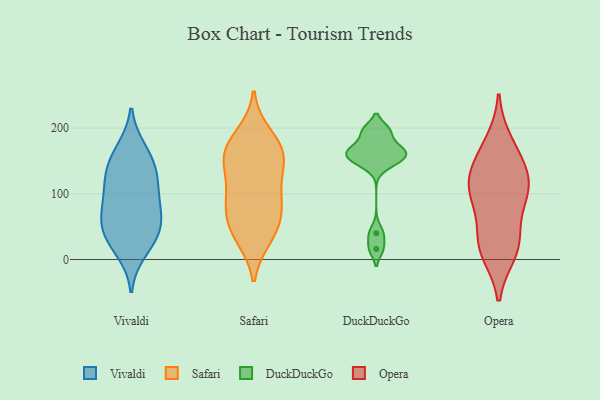
{"axis": {"x": "Conversion Rate (%)", "y": "Value"}, "legend": ["DuckDuckGo", "Opera", "Safari", "Vivaldi"], "data": [{"x": "", "y": 161, "type": "Vivaldi"}, {"x": "", "y": 108, "type": "Vivaldi"}, {"x": "", "y": 85, "type": "Vivaldi"}, {"x": "", "y": 38, "type": "Vivaldi"}, {"x": "", "y": 29, "type": "Vivaldi"}, {"x": "", "y": 55, "type": "Vivaldi"}, {"x": "", "y": 167, "type": "Vivaldi"}, {"x": "", "y": 134, "type": "Vivaldi"}, {"x": "", "y": 135, "type": "Vivaldi"}, {"x": "", "y": 45, "type": "Vivaldi"}, {"x": "", "y": 80, "type": "Vivaldi"}, {"x": "", "y": 122, "type": "Vivaldi"}, {"x": "", "y": 68, "type": "Vivaldi"}, {"x": "", "y": 13, "type": "Vivaldi"}, {"x": "", "y": 121, "type": "Safari"}, {"x": "", "y": 158, "type": "Safari"}, {"x": "", "y": 168, "type": "Safari"}, {"x": "", "y": 34, "type": "Safari"}, {"x": "", "y": 40, "type": "Safari"}, {"x": "", "y": 172, "type": "Safari"}, {"x": "", "y": 76, "type": "Safari"}, {"x": "", "y": 152, "type": "Safari"}, {"x": "", "y": 189, "type": "Safari"}, {"x": "", "y": 89, "type": "Safari"}, {"x": "", "y": 46, "type": "Safari"}, {"x": "", "y": 74, "type": "Safari"}, {"x": "", "y": 100, "type": "Safari"}, {"x": "", "y": 149, "type": "Safari"}, {"x": "", "y": 169, "type": "DuckDuckGo"}, {"x": "", "y": 145, "type": "DuckDuckGo"}, {"x": "", "y": 151, "type": "DuckDuckGo"}, {"x": "", "y": 158, "type": "DuckDuckGo"}, {"x": "", "y": 162, "type": "DuckDuckGo"}, {"x": "", "y": 16, "type": "DuckDuckGo"}, {"x": "", "y": 40, "type": "DuckDuckGo"}, {"x": "", "y": 196, "type": "DuckDuckGo"}, {"x": "", "y": 171, "type": "DuckDuckGo"}, {"x": "", "y": 196, "type": "DuckDuckGo"}, {"x": "", "y": 121, "type": "Opera"}, {"x": "", "y": 11, "type": "Opera"}, {"x": "", "y": 158, "type": "Opera"}, {"x": "", "y": 143, "type": "Opera"}, {"x": "", "y": 17, "type": "Opera"}, {"x": "", "y": 114, "type": "Opera"}, {"x": "", "y": 94, "type": "Opera"}, {"x": "", "y": 106, "type": "Opera"}, {"x": "", "y": 39, "type": "Opera"}, {"x": "", "y": 24, "type": "Opera"}, {"x": "", "y": 178, "type": "Opera"}, {"x": "", "y": 96, "type": "Opera"}]}